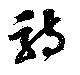
詩